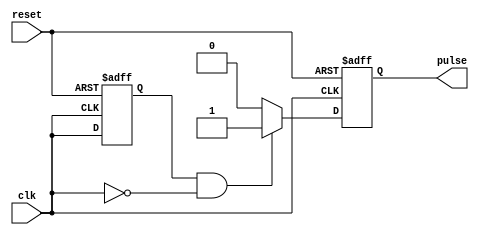
module FallingEdgePulseGenerator (
    input wire clk,
    input wire reset,
    output reg pulse
);

reg prev_clk;

always @(posedge clk or posedge reset) begin
    if (reset) begin
        prev_clk <= 1'b0;
        pulse <= 1'b0;
    end else begin
        if (prev_clk && !clk) begin
            pulse <= 1'b1;
        end else begin
            pulse <= 1'b0;
        end
        prev_clk <= clk;
    end
end

endmodule